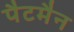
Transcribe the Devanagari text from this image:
पैटमैन